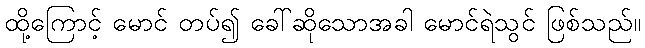
ထို့ကြောင့် မောင် တပ်၍ ခေါ်ဆိုသောအခါ မောင်ရဲသွင် ဖြစ်သည်။